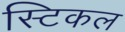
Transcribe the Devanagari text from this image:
स्टिकल